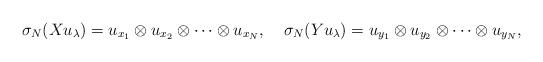
LaTeX: \begin{align*}& \sigma_N (X u_{\lambda }) = u_{x_1} \otimes u_{x_2} \otimes \cdots \otimes u_{x_N}, &&\sigma_N (Y u_{\lambda }) = u_{y_1} \otimes u_{y_2} \otimes \cdots \otimes u_{y_N}, \end{align*}